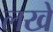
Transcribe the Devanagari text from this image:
लखे